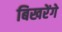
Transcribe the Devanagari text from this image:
बिखरेंगे